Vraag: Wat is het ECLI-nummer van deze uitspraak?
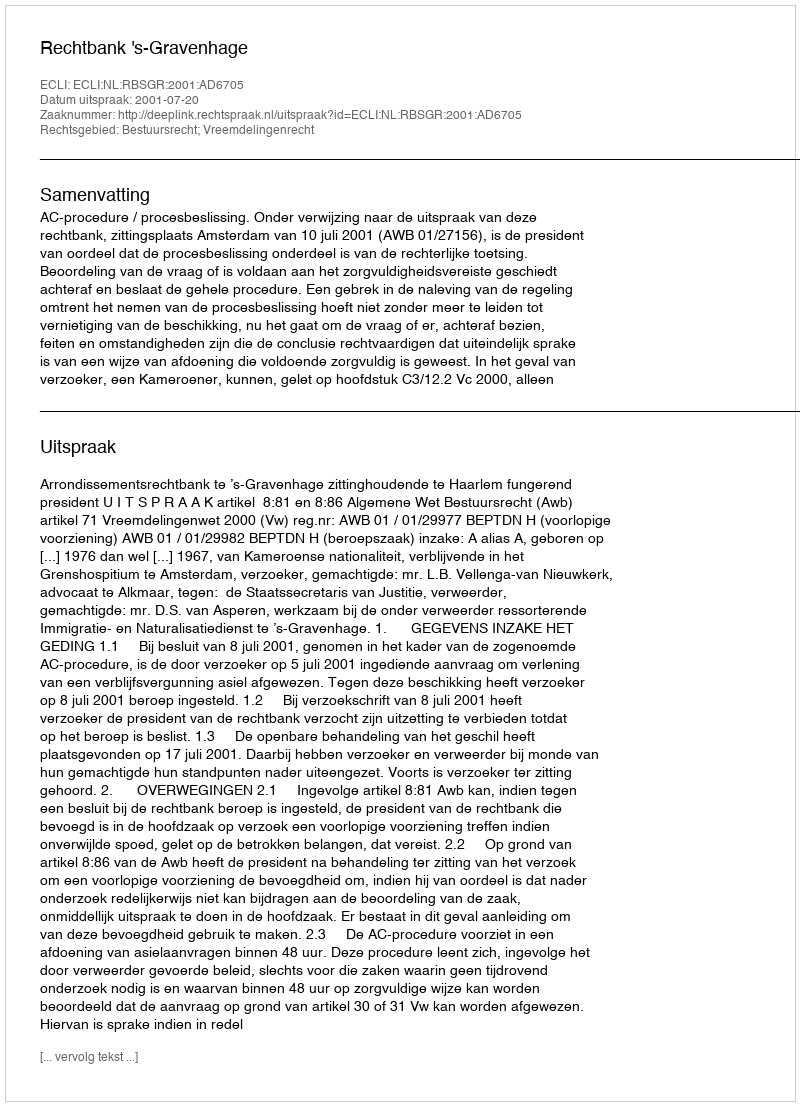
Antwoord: ECLI:NL:RBSGR:2001:AD6705